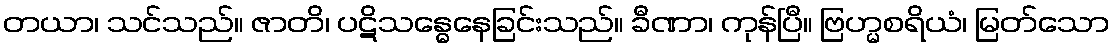
တယာ၊ သင်သည်။ ဇာတိ၊ ပဋိသန္ဓေနေခြင်းသည်။ ခီဏာ၊ ကုန်ပြီ။ ဗြဟ္မစရိယံ၊ မြတ်သော